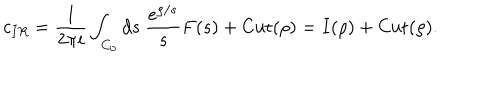
c _ { I R } = \frac { 1 } { 2 \pi i } \int _ { C _ { 0 } } d s \ \frac { e ^ { \rho / s } } { s } F ( s ^ { } ) + \mathrm { C u t } ( \rho ) = I ( \rho ) + \mathrm { C u t } ( \rho ) .